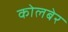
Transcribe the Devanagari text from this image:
कोलबेर